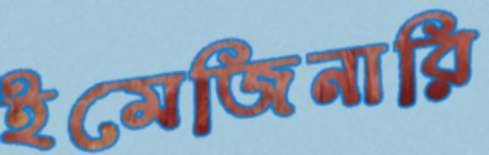
ইমেজিনারি